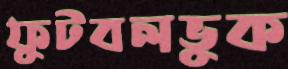
ফুটবলভুক